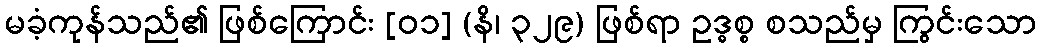
မခံ့ကုန်သည်၏ ဖြစ်ကြောင်း [၀၁] (နိ၊ ၃၂၉) ဖြစ်ရာ ဥဒ္ဓစ္စ စသည်မှ ကြွင်းသော